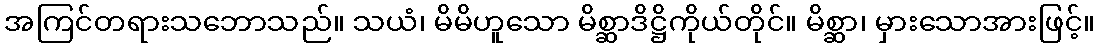
အကြင်တရားသဘောသည်။ သယံ၊ မိမိဟူသော မိစ္ဆာဒိဋ္ဌိကိုယ်တိုင်။ မိစ္ဆာ၊ မှားသောအားဖြင့်။